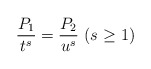
\begin{align*}\frac{P_1}{t^s}=\frac{P_2}{u^s}\ \mbox{($s\geq$ 1)}\end{align*}